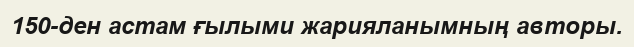
150-ден астам ғылыми жарияланымның авторы.